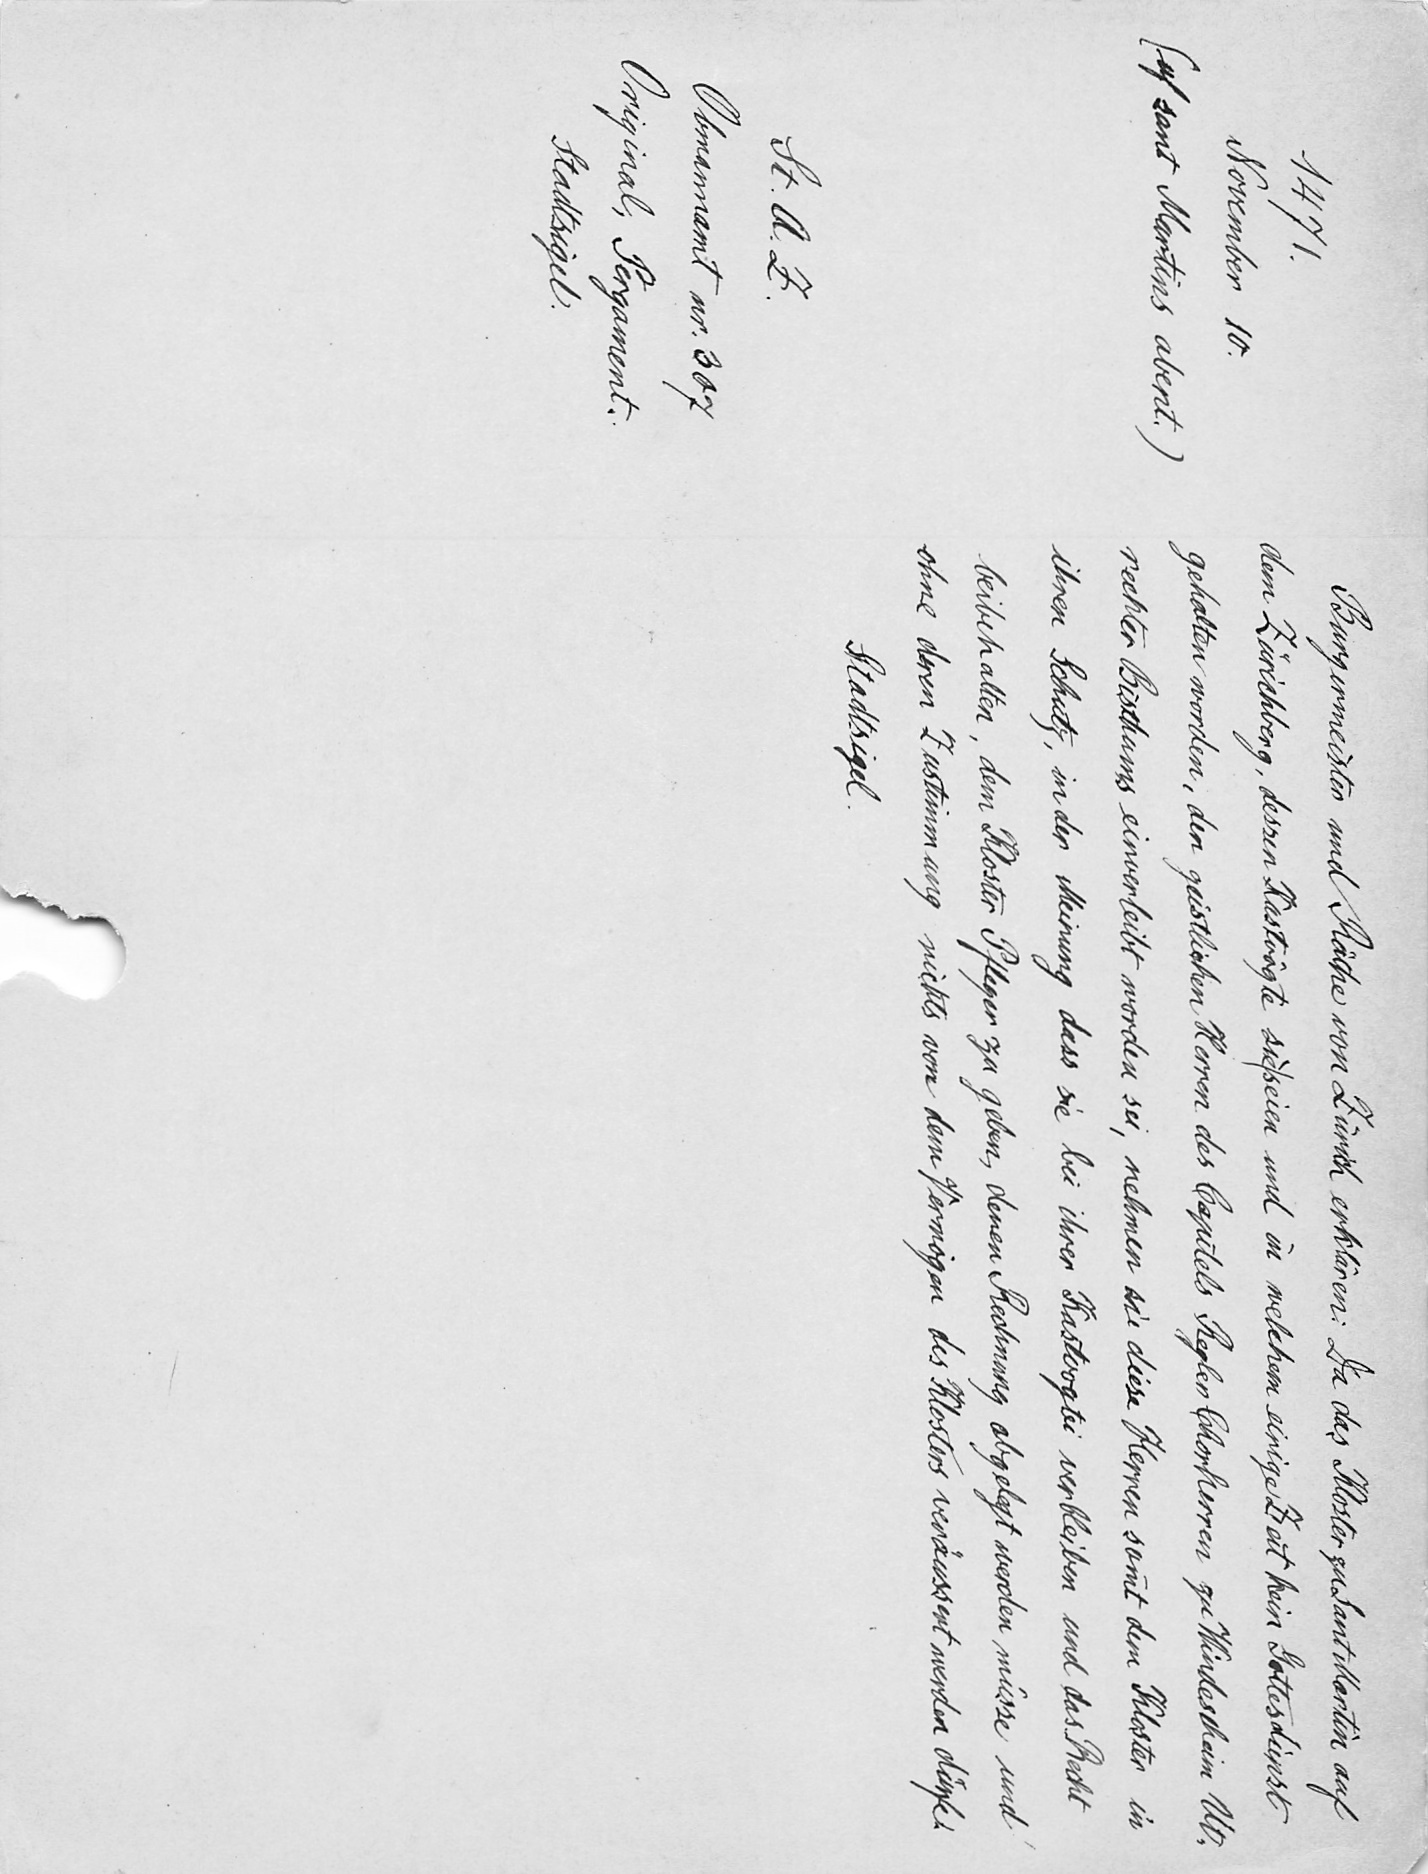
Burgermeister und Räche von Zürich erklären: Da das Kloster zu Sant Martin auf
dem Zürichberg, dessen Kastvögte sie|seien und in welchem einige Zeit kein Gottesdienst
gehalten worden, den geistlichen Herren des Capitels Reglen Chorherren zu Windescheim Ut¬
rechter Bisthums einverleibt worden sei, nehmen sie diese Herren sammt dem Kloster in
ihren Schutz, in der Meinung dass sie bei ihrer Kastvogtei verbleiben und das Recht
beibehalten, dem Kloster Pfleger zu geben, denen Rechnung abgelegt werden müsse und
ohne deren Zustimmung nichts von dem Vermögen des Klosters veräussert werden dürfe.
Stadtsigel.

1471.
November 10.
(uf sant Martins abent.)
St. A. Z.
Pergament nr. 307
Original, Pergament.
Stadtsigel.